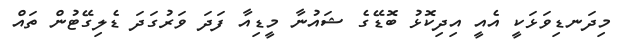
މިދަނޑިވަަޅަކީ އެއީ އިދިކޮޅު ބޮޑޭގެ ޝައުނާ މީޑިއާ ފަދަ ވަރުގަދަ ޑެލިގޭޓުން ތައް